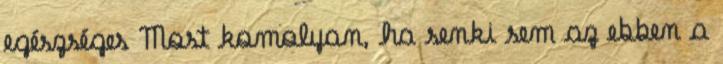
egészséges Most komolyan, ha senki sem az ebben a